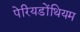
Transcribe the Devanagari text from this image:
पेरियडोंथियम